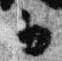
五